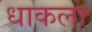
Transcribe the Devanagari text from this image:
धाकला